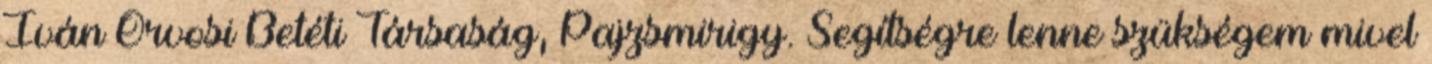
Iván Orvosi Betéti Társaság, Pajzsmirigy. Segítségre lenne szükségem mivel